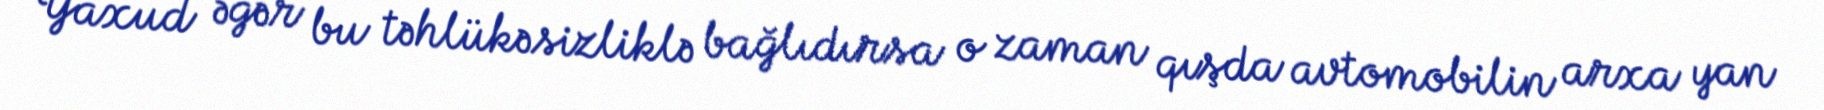
Yaxud əgər bu təhlükəsizliklə bağlıdırsa o zaman qışda avtomobilin arxa yan